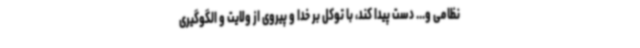
نظامی و... دست پیدا کند، با توکل بر خدا و پیروی از ولایت و الگوگیری